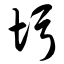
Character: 圬